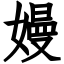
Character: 嫚